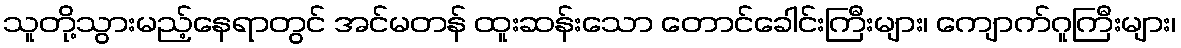
သူတို့သွားမည့်နေရာတွင် အင်မတန် ထူးဆန်းသော တောင်ခေါင်းကြီးများ၊ ကျောက်ဂူကြီးများ၊